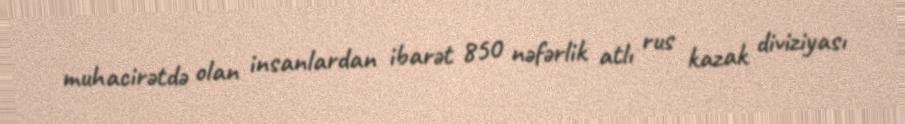
muhacirətdə olan insanlardan ibarət 850 nəfərlik atlı rus kazak diviziyası